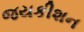
જયકીશન